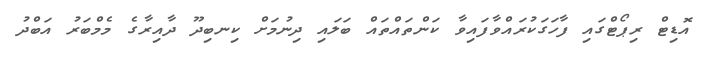
އޮޑިޓް ރިޕޯޓްގައި ފާހަގަކުރައްވާފައިވާ ކަންތައްތައް ބަލައި ދިނުމަށް ކިނބިދޫ ދާއިރާގެ މެމްބަރު އަބްދު